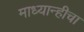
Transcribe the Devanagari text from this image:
माध्यान्हीचा